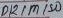
Text: D12/MISO